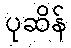
ပုဆိန်